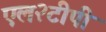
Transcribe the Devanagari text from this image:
एल२टीपी